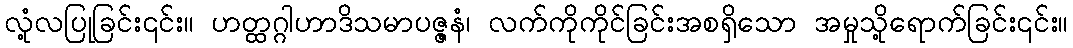
လုံ့လပြုခြင်း၎င်း။ ဟတ္ထဂ္ဂါဟာဒိသမာပဇ္ဇနံ၊ လက်ကိုကိုင်ခြင်းအစရှိသော အမှုသို့ရောက်ခြင်း၎င်း။